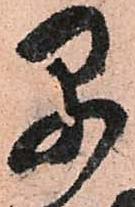
早